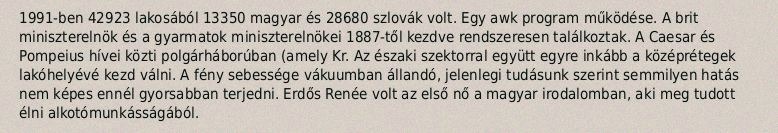
1991-ben 42923 lakosából 13350 magyar és 28680 szlovák volt. Egy awk program működése. A brit miniszterelnök és a gyarmatok miniszterelnökei 1887-től kezdve rendszeresen találkoztak. A Caesar és Pompeius hívei közti polgárháborúban (amely Kr. Az északi szektorral együtt egyre inkább a középrétegek lakóhelyévé kezd válni. A fény sebessége vákuumban állandó, jelenlegi tudásunk szerint semmilyen hatás nem képes ennél gyorsabban terjedni. Erdős Renée volt az első nő a magyar irodalomban, aki meg tudott élni alkotómunkásságából.